Report on the Nagpur School of Medicine, Central Provinces
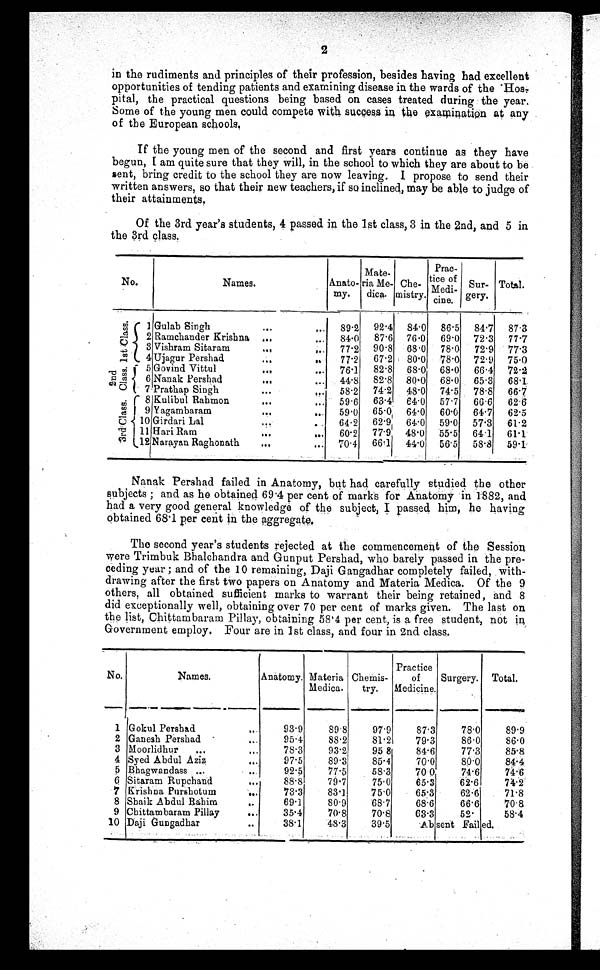
2
in the rudiments and principles of their profession, besides having had excellent
opportunities of tending patients and examining disease in the wards of the Hos-
pital, the practical questions being based on cases treated during the year.
Some of the young men could compete with success in the examination at any
of the European schools.
If the young men of the second and first years continue as they have
begun, I am quite sure that they will, in the school to which they are about to be
sent, bring credit to the school they are now leaving. I propose to send their
written answers, so that their new teachers, if so inclined, may be able to judge of
their attainments.
Of the 3rd year’s students, 4 passed in the 1st class, 3 in the 2nd, and 5 in
the 3rd class.
No.
Names.
Anato-
my.
Mate-
ria Me-
dica.
Che-
mistry.
P r a c -
tice of
Medi-
c i n e .
Sur-
gery.
Total.
1 s t C l a s s .
1 Gulab Singh
...
...
89.2
92.4 84.0
86.5
84.7
87.3
2 Ramchander Krishna ..,
.,.
84.0
87.6 76.0
69.0
72.3
77.7
3 Vishram Sitaram
... ...
77.2
90.8 68.0
78.0
72.9 77.3
4 Ujagur Pershad
. . . ...
77.2
67.2
80.0
78.0
72.9 75.0
2 n d C l a s s .
5 Govind Vittul
...
...
76.1 82.8 68.0 68.0 66.4 72.2
6 Nanak Pershad
...
...
44.8
82.8 80.0
68.0
65.3
68.1
7 Prathap Singh
...
. . . 58.2
74.2
48.0
74.5
78.8
66.7
3 r d C l a s s .
8 Kulibul Rahmon
. . . ...
59.6
63.4
64.0
57.7
66.6
62.6
9 Yagambaram
...
. . .
59.0
65.0
64.0
60.0
64.7
62.5
10 Girdari Lal...
...
64.2 62.9 64.0 59.0 57.3 61.2
11 Hari Ram
...
...
60.2
77.9
48.0
55.5
64.1
61.1
1 2 Narayan Raghonath
...
...
70.4 66.1 44.0 56.5 58.8 59.1
Nanak Pershad failed in Anatomy, but had carefully studied the other
subjects; and as he obtained 69.4 per cent of marks for Anatomy in 1882, and
had a very good general knowledge of the subject, I passed him, he having
obtained 68.1 per cent in the aggregate.
The second year’s students rejected at the commencement of the Session
were Trimbuk Bhalchandra and Gunput Pershad, who barely passed in the pre-
ceding year; and of the 10 remaining, Daji Gangadhar completely failed, with-
drawing after the first two papers on Anatomy and Materia Medica. Of the 9
ot hers, al l obt ai ned suffi ci ent marks t o warrant t hei r bei ng ret ai ned, and 8
did exceptionally well, obtaining over 70 per cent of marks given. The last on
the list, Chittambaram Pillay, obtaining 58.4 per cent, is a free student, not in
Government employ. Four are in 1st class, and four in 2nd class.
No.
Names.
Anatomy. Materia
Medica.
89.8
Chemis-
t ry.
Practice
of
Medicine.
Surgery. Total.
89.9
1 Gokul Pershad
..
93.9
97.9
87.3
78.0
2 Ganesh Pershad
...
95.4
88.2
81.2
79.3
86.0
86.0
3 Moorlidhur
...
...
78.3
93.2
95.8
84.6
77.3
85.8
4 Syed Abdul Aziz
....
97.5
89.3
85.4
70.0
8 0 . 0
84.4
5 Bhagwandass ...
...
92.5
77.5
58.3
70.0
74.6
74.6
6 Sitaram Rupchand
...
88.8
79.7
75.0
65.3
62.6
74.2
7 Krishna Purshotum
...
73.3
83.1
75.0
65.3
62.6
71.8
8 Shaik Abdul Rahim
..
69.1
80.9
68.7
68.6
66.6
70.8
9 Chittambaram Pillay
...
35.4
70.8
70.8
63.3
52.
58.4
10 Daji Gungadhar
...
38.1
48.3
39.5
Ab sent Failed.